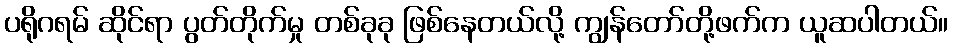
ပရိုဂရမ် ဆိုင်ရာ ပွတ်တိုက်မှု တစ်ခုခု ဖြစ်နေတယ်လို့ ကျွန်တော်တို့ဖက်က ယူဆပါတယ်။